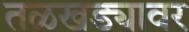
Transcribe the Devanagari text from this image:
तळखड्यावर